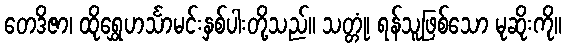
တေဒိဇာ၊ ထိုရွှေဟင်္သာမင်းနှစ်ပါးတို့သည်။ သတ္တုံ၊ ရန်သူဖြစ်သော မုဆိုးကို။